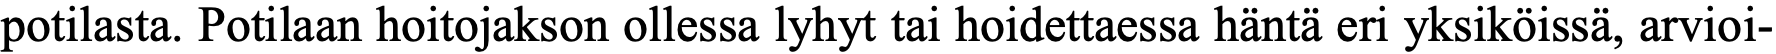
potilasta. Potilaan hoitojakson ollessa lyhyt tai hoidettaessa häntä eri yksiköissä, arvioi-